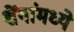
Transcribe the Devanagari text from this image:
शेंगांमध्ये